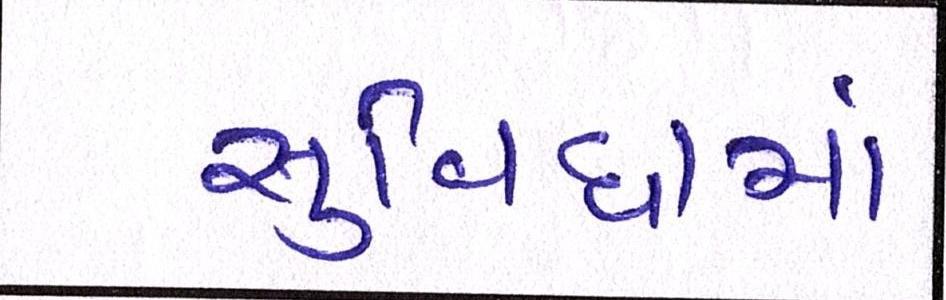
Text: સુવિધામાં